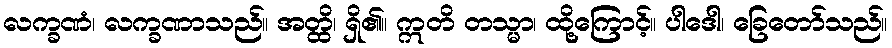
လက္ခဏံ၊ လက္ခဏာသည်။ အတ္ထိ၊ ရှိ၏။ ဣတိ တသ္မာ၊ ထို့ကြောင့်။ ပါဒေါ၊ ခြေတော်သည်။